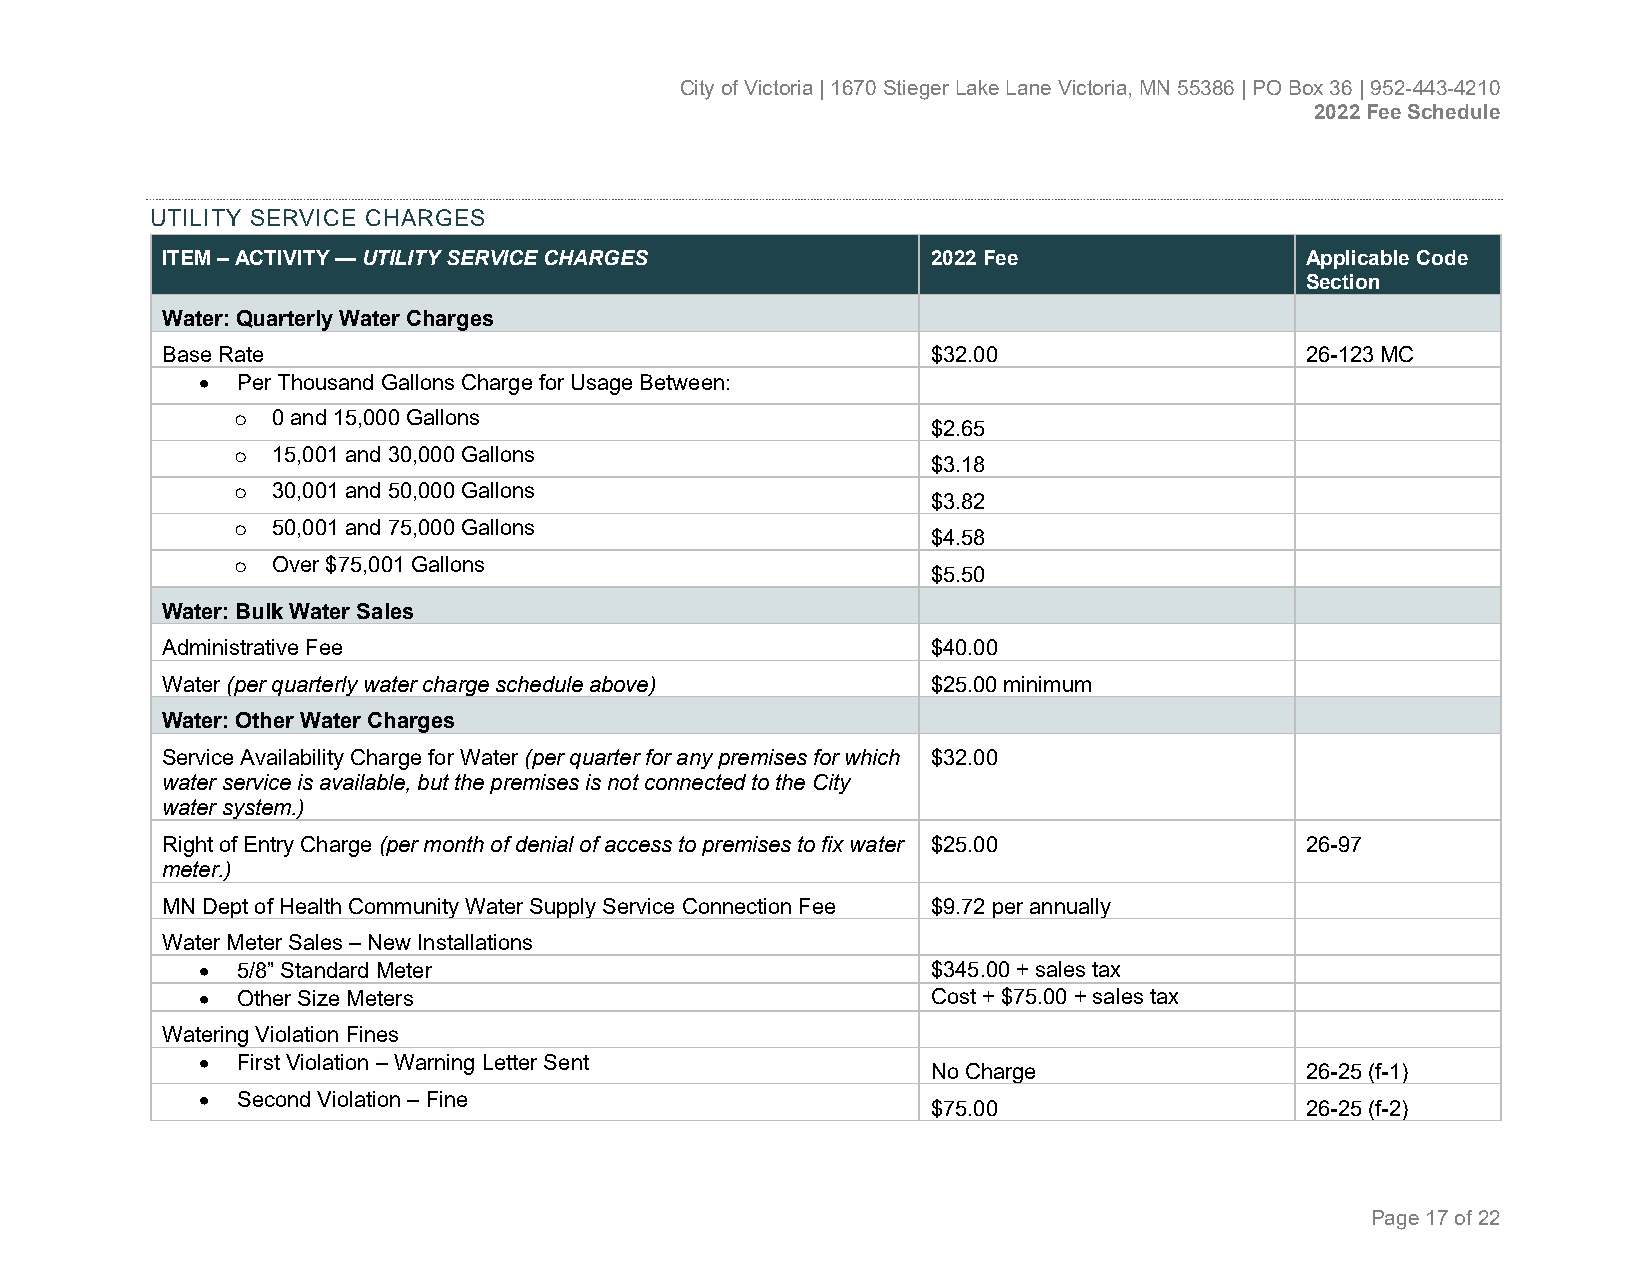
City of Victoria | 1670 Stieger Lake Lane Victoria, MN 55386 | PO Box 36 | 952-443-4210
 2022 Fee Schedule
 UTILITY SERVICE CHARGES
 ITEM – ACTIVITY — UTILITY SERVICE CHARGES          2022 Fee                Applicable Code
 Section
 Water: Quarterly Water Charges
 Base Rate                                          $32.00                  26-123 MC
 •  Per Thousand Gallons Charge for Usage Between:
 0 and 15,000 Gallons
 o                                             $2.65
 15,001 and 30,000 Gallons
 o                                             $3.18
 30,001 and 50,000 Gallons
 o                                             $3.82
 50,001 and 75,000 Gallons
 o                                             $4.58
 Over $75,001 Gallons
 o                                             $5.50
 Water: Bulk Water Sales
 Administrative Fee                                 $40.00
 Water (per quarterly water charge schedule above)  $25.00 minimum
 Water: Other Water Charges
 Service Availability Charge for Water (per quarter for any premises for which $32.00
 water service is available, but the premises is not connected to the City
 water system.)
 Right of Entry Charge (per month of denial of access to premises to fix water $25.00 26-97
 meter.)
 MN Dept of Health Community Water Supply Service Connection Fee $9.72 per annually
 Water Meter Sales – New Installations
 •  5/8” Standard Meter                           $345.00 + sales tax
 •  Other Size Meters                             Cost + $75.00 + sales tax
 Watering Violation Fines
 •  First Violation – Warning Letter Sent
 No Charge               26-25 (f-1)
 •  Second Violation – Fine
 $75.00                  26-25 (f-2)
 Page 17 of 22